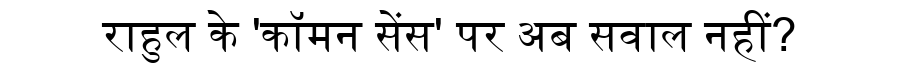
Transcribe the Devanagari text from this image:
राहुल के 'कॉमन सेंस' पर अब सवाल नहीं?